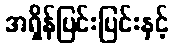
အရှိန်ပြင်းပြင်းနှင့်